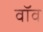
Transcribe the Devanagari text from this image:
वॉव